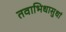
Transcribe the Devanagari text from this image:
तवाभिधासुधां